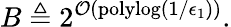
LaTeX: B\triangleq 2^{\mathcal{O}(\mathrm{polylog}(1/\epsilon_{1}))}.